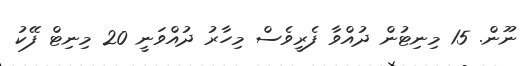
ނޫން. 15 މިނިޓުން ދުއްވާ ފެރީވެސް މިހާރު ދުއްވަނީ 20 މިނިޓް ފޭކު